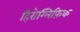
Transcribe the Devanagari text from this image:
हिरोग्लिफ़िक